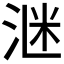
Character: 𪶈